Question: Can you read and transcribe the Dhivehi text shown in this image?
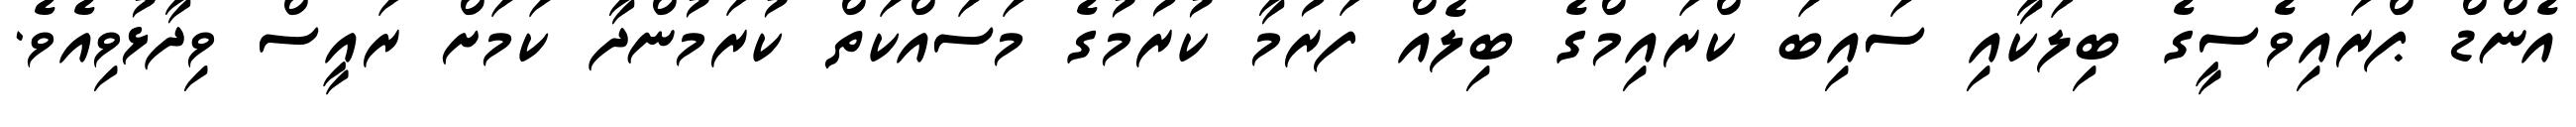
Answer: އެންޑް ޕްރައިވެސީގެ ބިލަކާއި ސައިބަ ކްރައިމްގެ ބިލެއް ފަރުމާ ކުރުމުގެ މަސައްކަތް ކުރަމުންދާ ކަމަށް ރައީސް ވިދާޅުވިއެވެ.